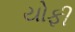
યોફી